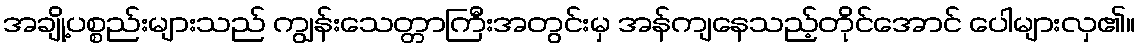
အချို့ပစ္စည်းများသည် ကျွန်းသေတ္တာကြီးအတွင်းမှ အန်ကျနေသည့်တိုင်အောင် ပေါများလှ၏။